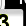
Digit: 3